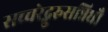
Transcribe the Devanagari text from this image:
सच्चरेद्गुरुसन्निधौ